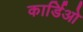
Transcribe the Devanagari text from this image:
कार्डिओ